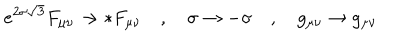
LaTeX: e ^ { 2 \sigma \sqrt { 3 } } F _ { \mu \nu } \rightarrow * F _ { \mu \nu } \quad , \quad \sigma \rightarrow - \sigma \quad , \quad g _ { \mu \nu } \rightarrow g _ { \mu \nu }